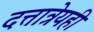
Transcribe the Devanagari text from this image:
दत्तात्रेयही